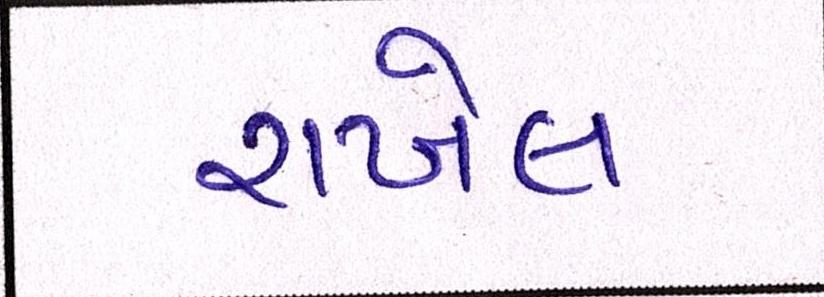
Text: રાખેલ